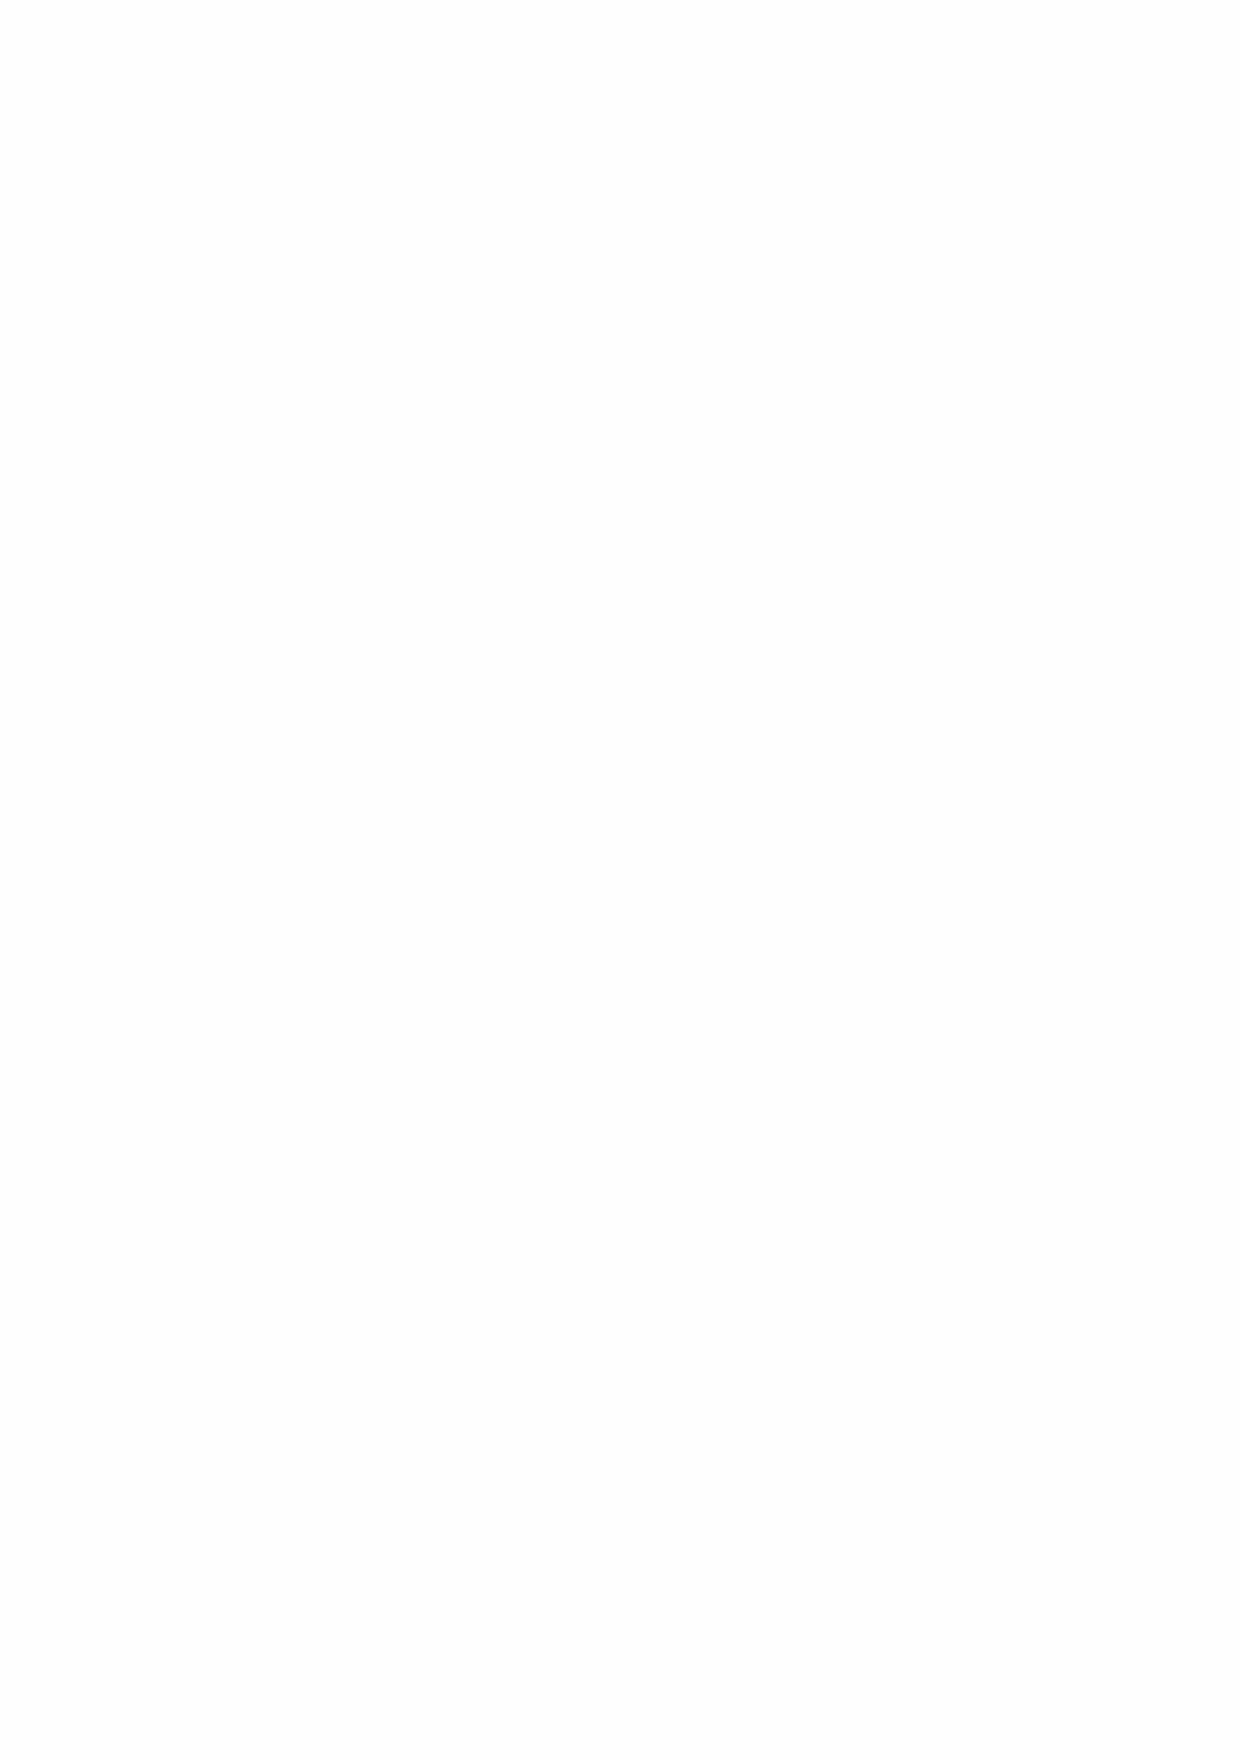
© Crown copyright 2021
 This publication is licensed under the terms of the Open Government Licence v3.0
 except where otherwise stated. To view this licence,
 visit nationalarchives.gov.uk/doc/open-government-licence/version/3
 Where we have identified any third party copyright information you will need to obtain
 permission from the copyright holders concerned.
 This publication is available at www.gov.uk/official-documents
 Any enquiries regarding this publication should be sent to us
 at enquiries@grenhosp.org.uk
 ISBN 978-1-5286-2483-1
 CCS0221009386   05/21
 Printed on paper containing 75% recycled fibre content minimum
 Printed in the UK by the APS Group on behalf of the Controller of Her Majesty’s
 Stationery Office